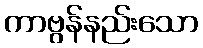
ကာဗွန်နည်းသော